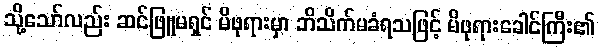
သို့သော်လည်း ဆင်ဖြူမရှင် မိဖုရားမှာ ဘိသိက်မခံရသဖြင့် မိဖုရားခေါင်ကြီး၏